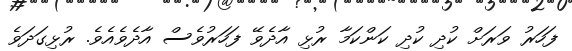
ފަހަރު ވަރަށް ކުދި ކުދި ކަންކަމާ ރުޅި އާދެވޭ ފަހަރުވެސް އާދެވެއެވެ. ރުޅިގަދަވެ